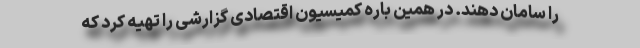
را سامان دهند. در همین باره کمیسیون اقتصادی گزارشی را تهیه کرد که